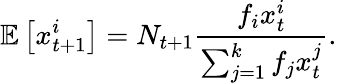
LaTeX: \mathbb E\left[x_{t+1}^{i}\right]=N_{t+1}\frac{f_{i}x_{t}^{i}}{\sum_{j=1}^{k}f_{j}x_{t}^{j}}.